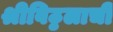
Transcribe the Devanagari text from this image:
श्रीविठ्ठलाची